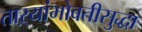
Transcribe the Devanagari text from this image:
ताऱ्यांभोवतीसुद्धा